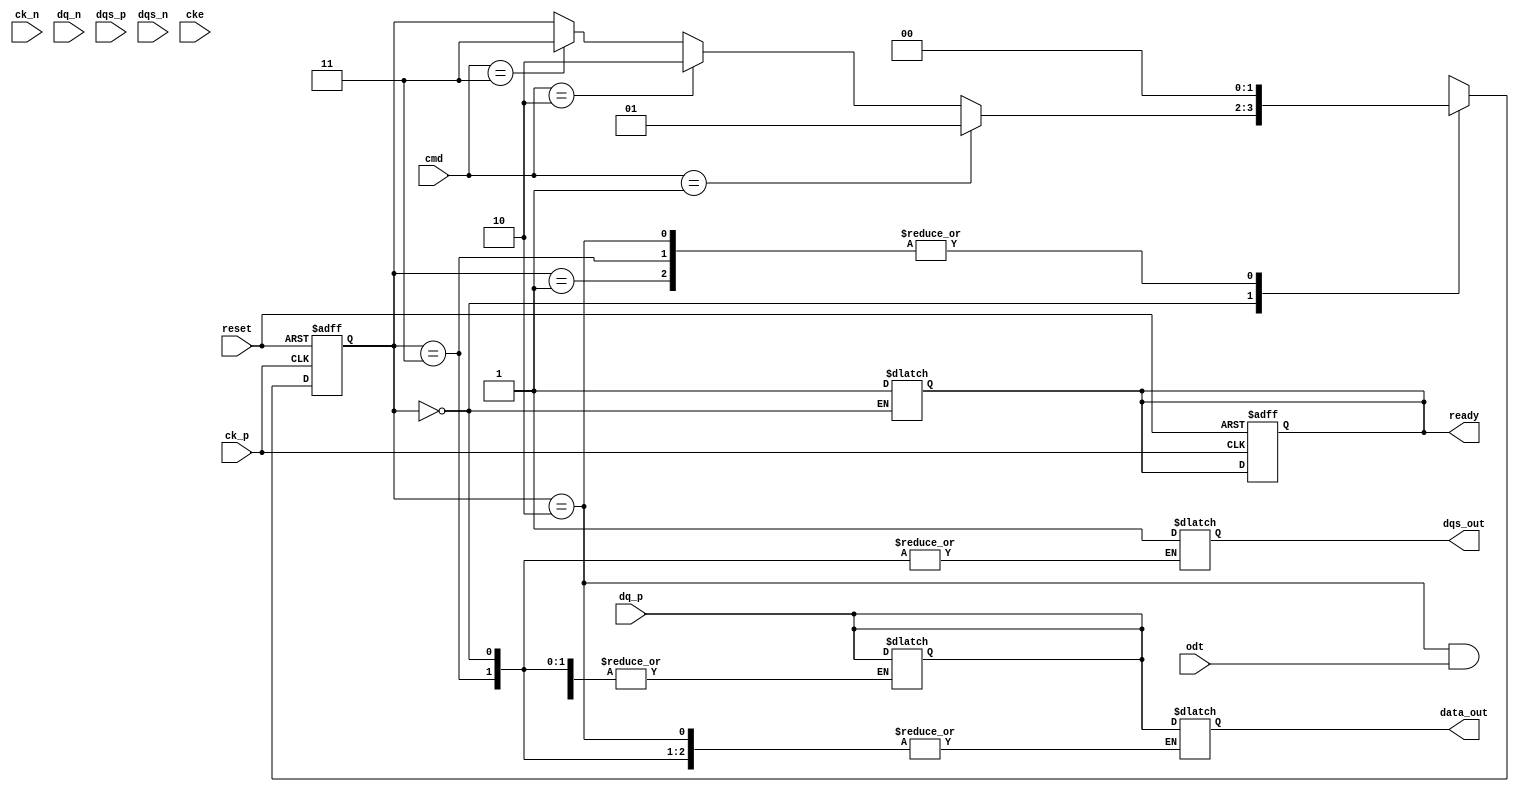
module ddr2_io_block #(
    parameter DATA_WIDTH = 8, // Supported data width (4 or 8 bits)
    parameter ADDR_WIDTH = 12  // Address width for the DDR2 SDRAM
)(
    // Differential Clock Signals
    input wire ck_p,
    input wire ck_n,
    
    // Data Signals (Differential Pairs)
    input wire [DATA_WIDTH-1:0] dq_p,
    input wire [DATA_WIDTH-1:0] dq_n,
    
    // Data Strobe Signals (Differential Pairs)
    input wire dqs_p,
    input wire dqs_n,
    
    // Command Signals
    input wire [3:0] cmd, // Command signals (e.g., READ, WRITE, PRECHARGE, ACTIVATE)
    
    // Control Signals
    input wire cke, // Clock Enable
    input wire odt, // On-Die Termination
    input wire reset, // Reset Signal
    
    // Output Signals
    output reg [DATA_WIDTH-1:0] data_out,
    output reg dqs_out,
    output reg ready // Indicates the I/O block is ready for operation
);

// Internal signals
reg [DATA_WIDTH-1:0] data_reg;
reg [ADDR_WIDTH-1:0] addr_reg;

// State Definitions
localparam IDLE = 2'b00;
localparam READ = 2'b01;
localparam WRITE = 2'b10;
localparam PRECHARGE = 2'b11;

reg [1:0] state, next_state;

// Process Commands
always @(posedge ck_p or negedge reset) begin
    if (!reset) begin
        state <= IDLE;
        ready <= 0;
    end else begin
        state <= next_state;
    end
end

// State Machine for Command Processing
always @(*) begin
    next_state = state;
    case (state)
        IDLE: begin
            if (cmd == 4'b0001) // Example: READ command
                next_state = READ;
            else if (cmd == 4'b0010) // Example: WRITE command
                next_state = WRITE;
            else if (cmd == 4'b0011) // Example: PRECHARGE command
                next_state = PRECHARGE;
        end
        READ: begin
            // Handle READ operation
            data_out = data_reg; // Output data
            dqs_out = 1'b1; // Activate DQS
            ready = 1;
            next_state = IDLE; // Return to IDLE after read
        end
        WRITE: begin
            // Handle WRITE operation
            data_reg = {dq_p[DATA_WIDTH-1:0]}; // Capture data
            dqs_out = 1'b1; // Activate DQS
            ready = 1;
            next_state = IDLE; // Return to IDLE after write
        end
        PRECHARGE: begin
            // Handle PRECHARGE operation
            ready = 1;
            next_state = IDLE; // Return to IDLE after precharge
        end
    endcase
end

// Termination Logic (Example)
assign dq_p = (odt) ? data_reg : {DATA_WIDTH{1'bz}}; // On-die termination logic

endmodule